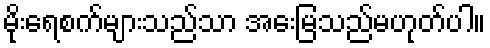
မိုးရေစက်များသည်သာ အေးမြသည်မဟုတ်ပါ။